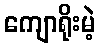
ကျောရိုးမဲ့